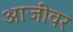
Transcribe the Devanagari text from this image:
आजीवर